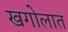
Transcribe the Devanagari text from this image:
खगोलात